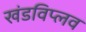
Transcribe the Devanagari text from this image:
खंडविप्लव